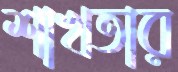
শাখতার